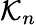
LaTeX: {\mathcal{K}}_{n}